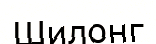
Шилонг